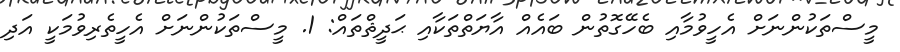
މީސްތަކުންނަށް އެހީވުމާއި ބެހޭގޮތުން ބައެއް އާޔަތްތަކާއި ޙަދީޘްތައް: 1. މީސްތަކުންނަށް އެހީތެރިވުމަކީ އަދި